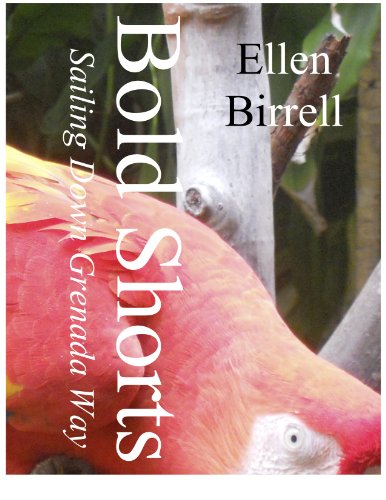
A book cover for Sailing Down Grenada Way (Bold Shorts Book 1); Ellen Birrell; Travel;